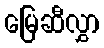
မြေဆီလွှာ